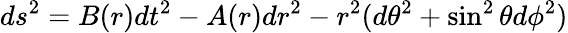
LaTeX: ds^{2}=B(r)dt^{2}-A(r)dr^{2}-r^{2}(d\theta^{2}+\sin^{2}\theta d\phi^{2})